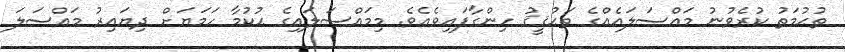
ތުޙުމަތު ކުރެވުނު މައްސަލައެއްގެ ތަޙުޤީޤު ހިންގާފައިވެއެވެ. މިމައްސަލައިގެ ޙުކުމާ ހަމަޔަށް ދިޔައިރު މައްސަލަ